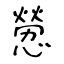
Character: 憥